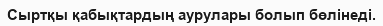
Сыртқы қабықтардың аурулары болып бөлінеді.